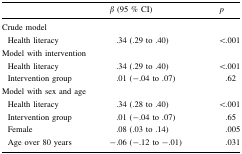
|  | β (95 % CI) | p |
 | --- | --- | --- |
 | <COLSPAN=3> Crude model |
 | Health literacy | .34 (.29 to .40) | <.001 |
 | <COLSPAN=3> Model with intervention |
 | Health literacy | .34 (.29 to .40) | <.001 |
 | Intervention group | .01 (−.04 to .07) | .62 |
 | <COLSPAN=3> Model with sex and age |
 | Health literacy | .34 (.28 to .40) | <.001 |
 | Intervention group | .01 (−.04 to .07) | .65 |
 | Female | .08 (.03 to .14) | .005 |
 | Age over 80 years | −.06 (−.12 to −.01) | .031 |